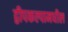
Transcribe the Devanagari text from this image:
द्वीपकल्पामधील